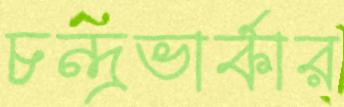
চন্দ্রভার্কার